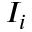
I _ { i }